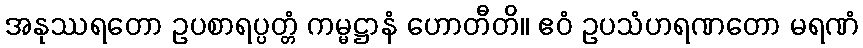
အနုဿရတော ဥပစာရပ္ပတ္တံ ကမ္မဋ္ဌာနံ ဟောတီတိ။ ဧဝံ ဥပသံဟရဏတော မရဏံ